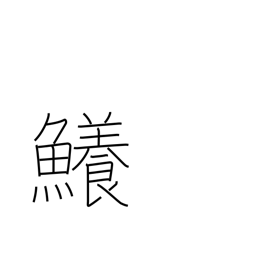
Meaning: shark